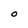
Character: O